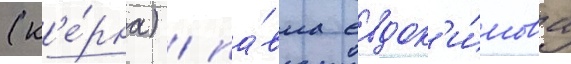
(к'е́рна) / па́вла евдок'и́мова